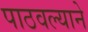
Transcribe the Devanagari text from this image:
पाठवल्याने